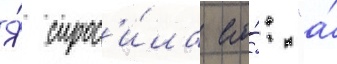
Я́ спрос'и́ла его́: "а́